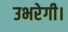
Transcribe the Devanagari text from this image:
उभरेगी।